Leningradi_Edasi_toimetus, lk 22
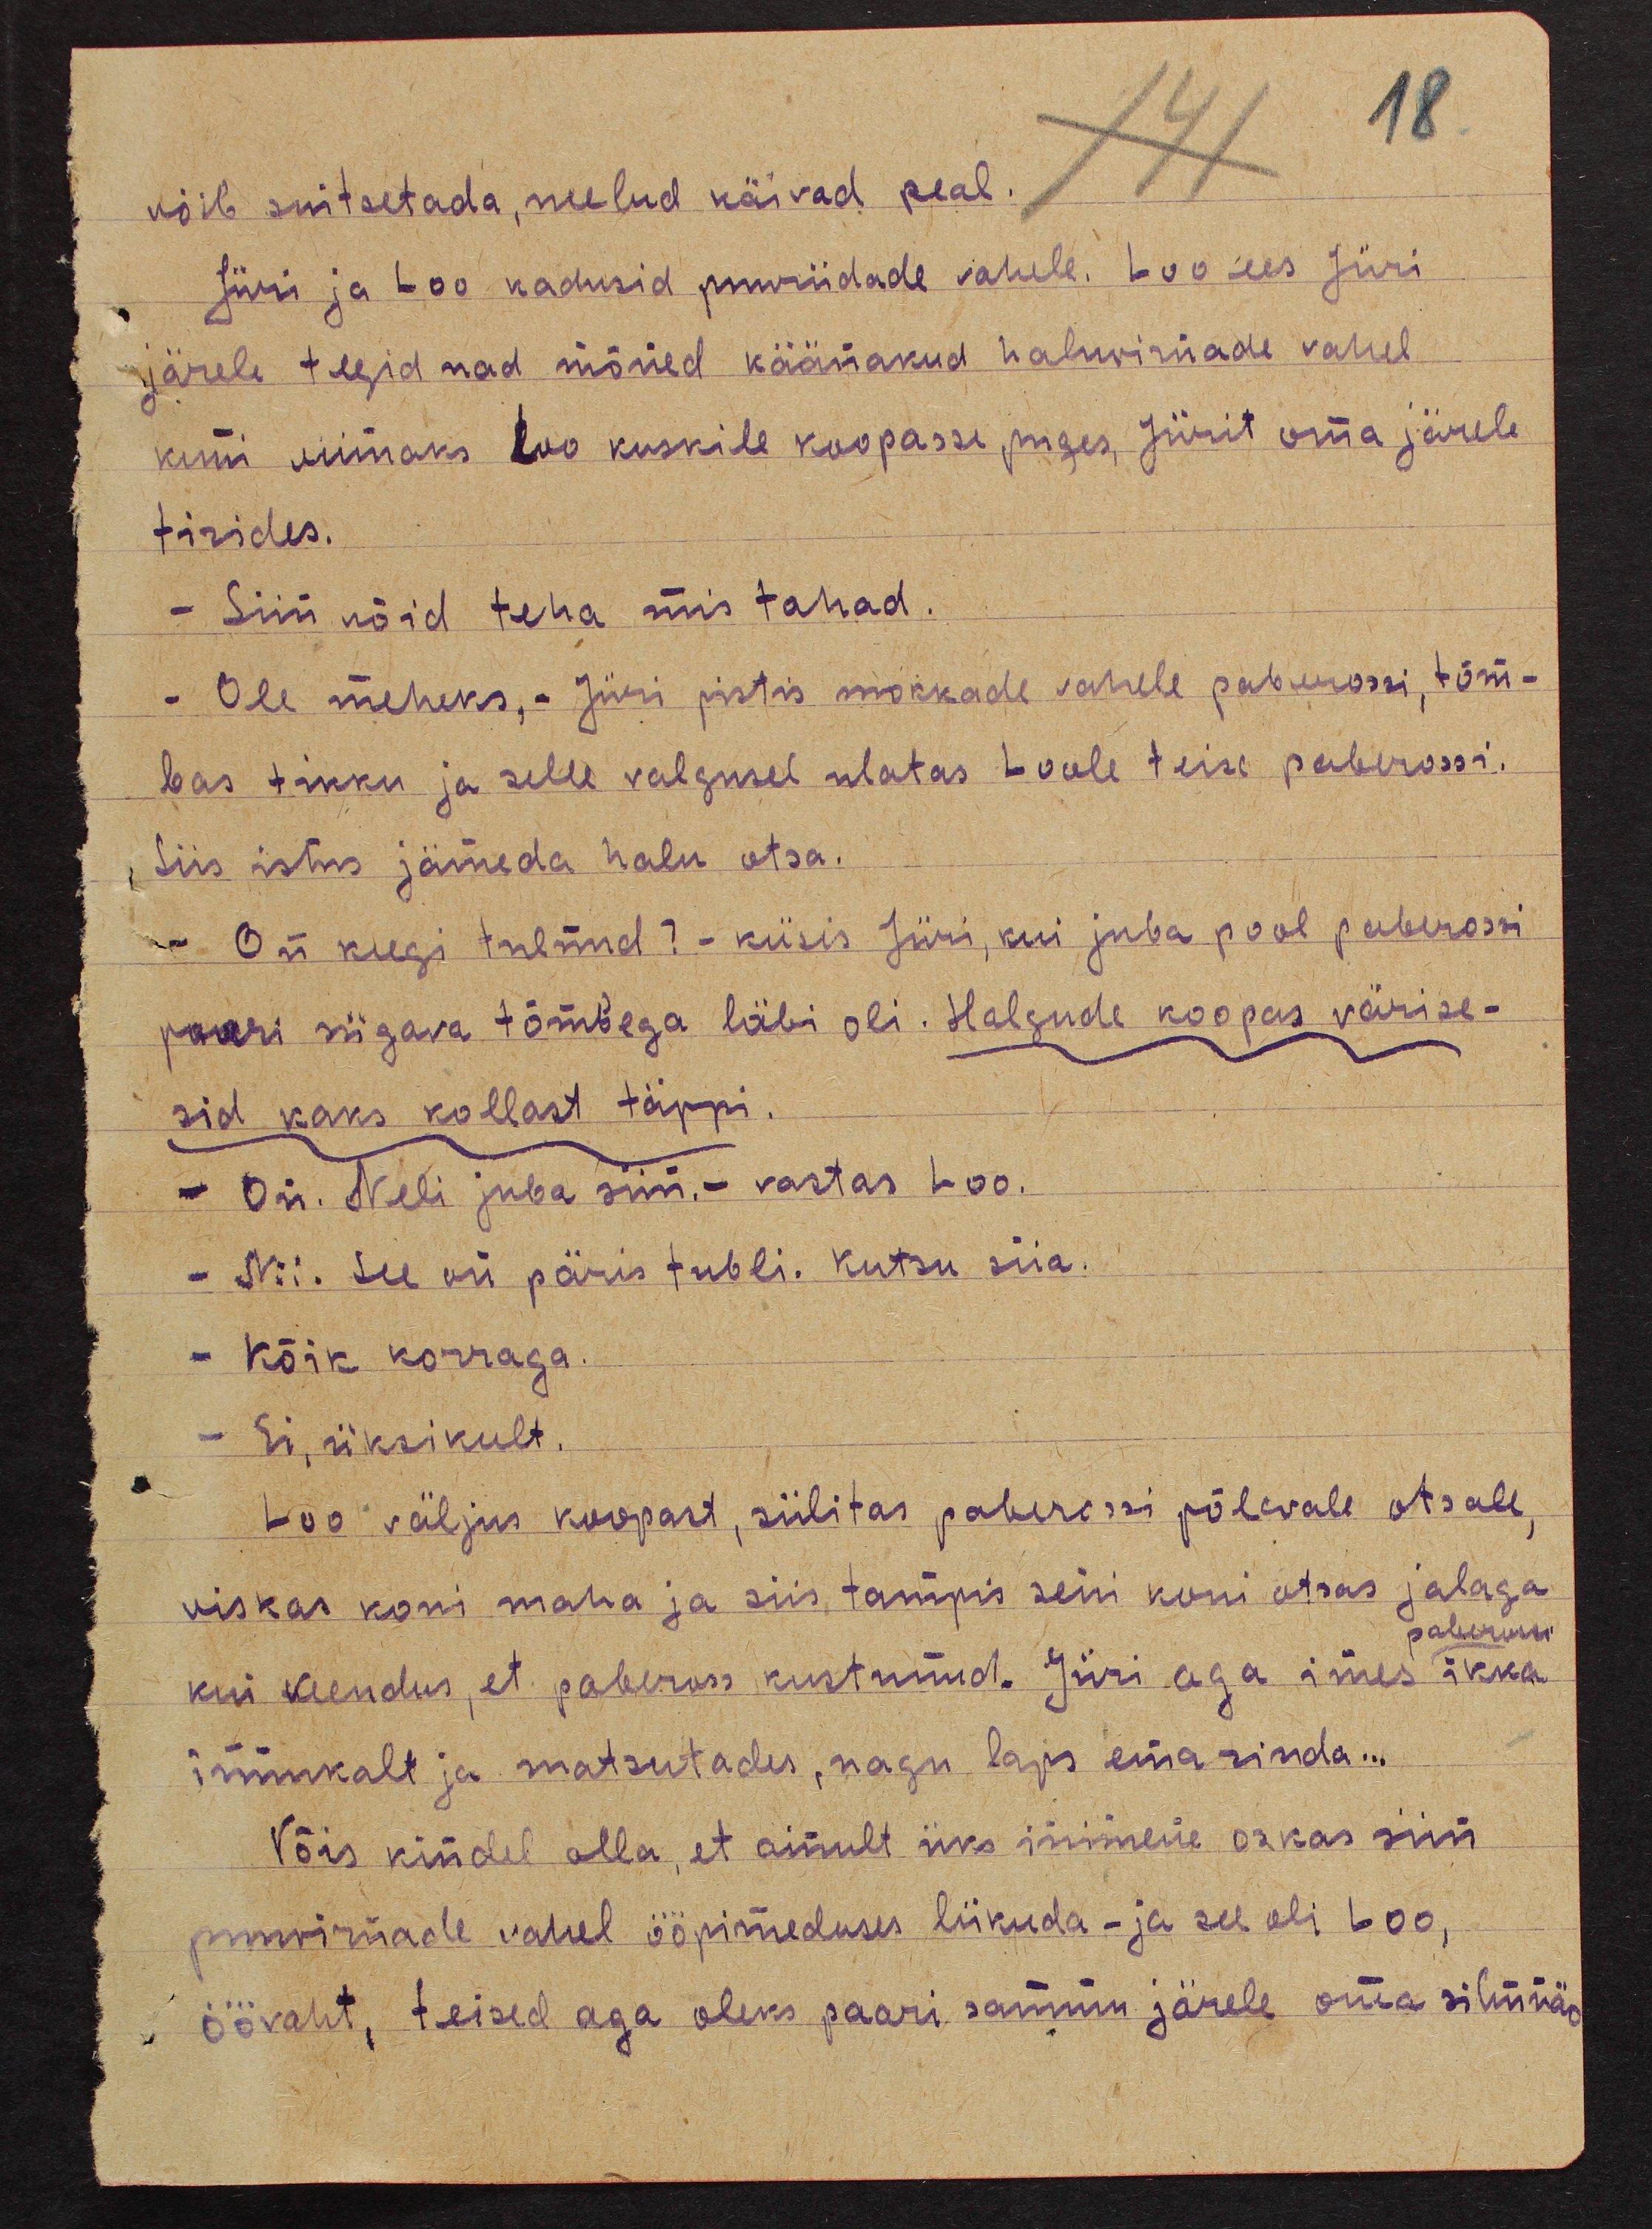
18
võib suitsetada, neelud käivad peal.
Jüri ja Loo kadusid puuriidade vahele. Loo ees Jüri
järele tegid nad mõned käänakud haluvirnade vahel
kuni viimaks Loo kuskile koopasse puges, Jürit oma järele
tirides.
- Siin võid teha mis tahad.
- Ole meheks, - Jüri pistis mokkade vahele paberossi, tõm-
bas tikku ja selle valgusel ulatas Loole teise paberossi.
Siis istus jämeda halu otsa.
- On keegi tulnud? - küsis Jüri, kui juba pool paberossi
paari sügava tõmbega läbi oli. Halgude koopas värise-
sid kaks kollast täppi.
- On. Neli juba siin.- vastas Loo.
- Nii. See on päris tubli. Kutsu siia.
- Kõik korraga.
- Ei, üksikult.
Loo väljus koopast, sülitas paberossi põlevale otsale,
viskas koni maha ja siis tampis seni koni otsas jalaga
paberossi
kui veendus, et pabeross kustnud. Jüri aga imes ikka
innukalt ja matsutades, nagu laps ema rinda...
Võis kindel olla, et ainult üks inimene oskas siin
puuriidade vahel ööpimeduses liikuda - ja see oli Loo,
öövaht, teised aga oleks paari sammu järele oma silmnäo